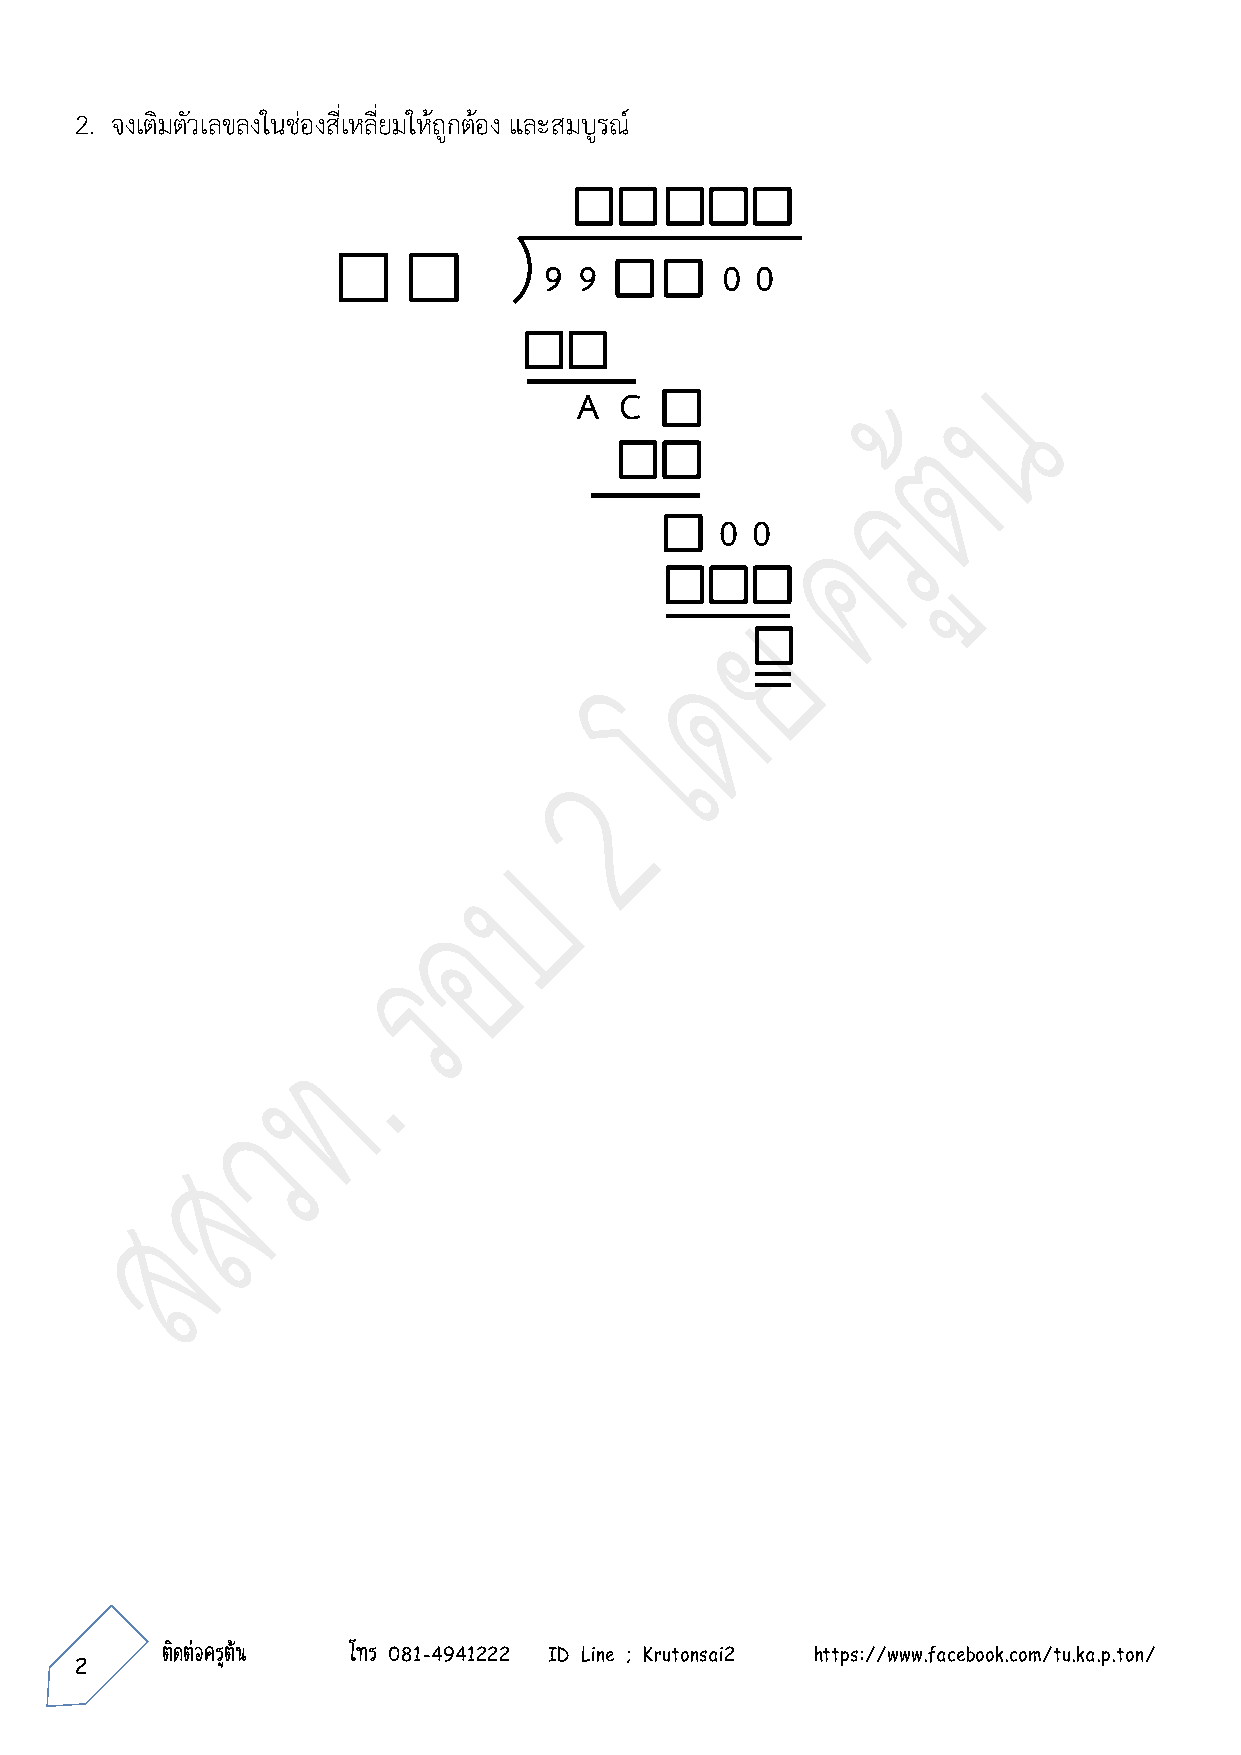
2. จงเติมตัวเลขลงในช่องสี่เหลี่ยมให้ถูกต้อง และสมบูรณ์
 9 9         0 0
 A  C
 0 0
 2~ 2 ~ ติดต่อครูต้น โทร 081-4941222 ID Line ; Krutonsai2 https://www.facebook.com/tu.ka.p.ton/